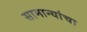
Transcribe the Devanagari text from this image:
सामान्यांचा